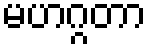
မဟဂ္ဂတာ